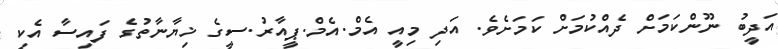
އަދީބު ނޫންކަމަށް ދެއްކުމަށް ކަމަށެވެ. އަދި މިއީ އެމް.އެމް.ޕީއާރު.ސީގެ ޚިޔާނާތުގެ ފައިސާ އެކި